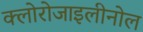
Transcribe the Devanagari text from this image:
क्लोरोजाइलीनोल